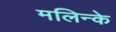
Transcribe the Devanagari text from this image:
मलिन्के